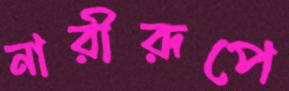
নারীরূপে